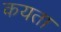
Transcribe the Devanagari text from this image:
कयता